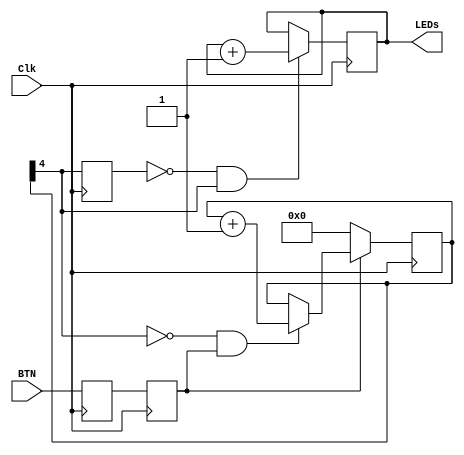
`timescale 1ns / 1ps
`default_nettype none

module withDebounce(LEDs, BTN, Clk);

    output reg [3:0] LEDs;
    
    input wire BTN, Clk;

    /*-this is a keyword we have not seen yet!*
     *-as the name implies, it is a parameter *
     * that can be changed at compile time... */
    parameter n = 5;

    wire notMsb, Rst, En, Debounced;
    reg Synchronizer0, Synchronized;
    reg [n-1:0] Count;

    reg edge_detect0;
    wire rising_edge;
    /*This is just for simulation*/
     initial
        LEDs=0; 
    
   /********************************************/
   /* Debounce circuitry!!!                    */ 
   /********************************************/
    
    always@(posedge Clk)
      begin
        Synchronizer0 <= BTN;
        Synchronized <= Synchronizer0;
      end

    always@(posedge Clk)
        if(Rst)
            Count <= 0;
        else if(En)
            Count <= Count + 1;

    assign notMsb = ~Count[n-1];
    assign En = notMsb & Synchronized;
    assign Rst = ~Synchronized;
    assign Debounced = Count[n-1];

   /********************************************/
   /* End of Debounce circuitry!!!             */ 
   /********************************************/

    always@(posedge Clk)
        edge_detect0 <= Debounced;
    assign rising_edge = ~edge_detect0 & Debounced;

    always@(posedge Clk)
        if(rising_edge)
            LEDs <= LEDs + 1;

endmodule